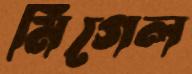
মিগেল